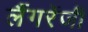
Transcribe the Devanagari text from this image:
लैंगरेंजी